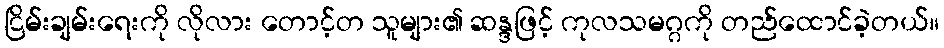
ငြိမ်းချမ်းရေးကို လိုလား တောင့်တ သူများ၏ ဆန္ဒဖြင့် ကုလသမဂ္ဂကို တည်ထောင်ခဲ့တယ်။